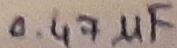
Text: 0.47µF